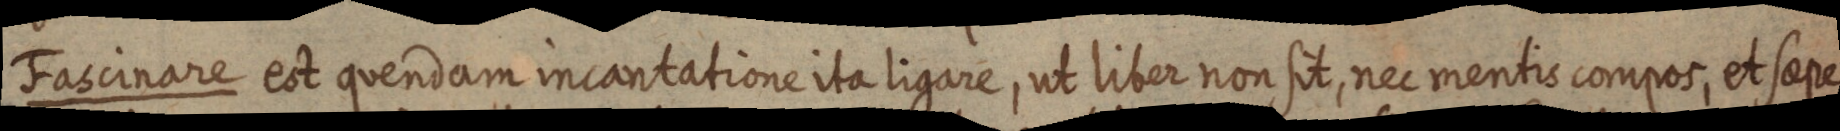
Fascinare est quendam incantatione ita ligare, ut liber non sit, nec mentis compos, et saepe